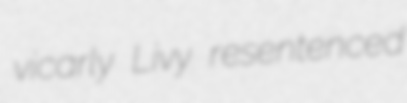
vicarly Livy resentenced